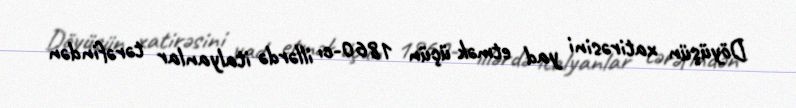
Döyüşün xatirəsini yad etmək üçün 1860-cı illərdə italyanlar tərəfindən